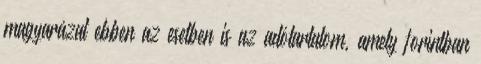
magyarázat ebben az esetben is az adótartalom, amely forintban